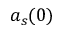
a _ { s } ( 0 )